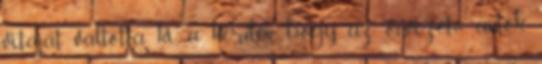
vitáját váltotta ki a kérdés, hogy az önvezető autók